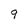
Character: 9